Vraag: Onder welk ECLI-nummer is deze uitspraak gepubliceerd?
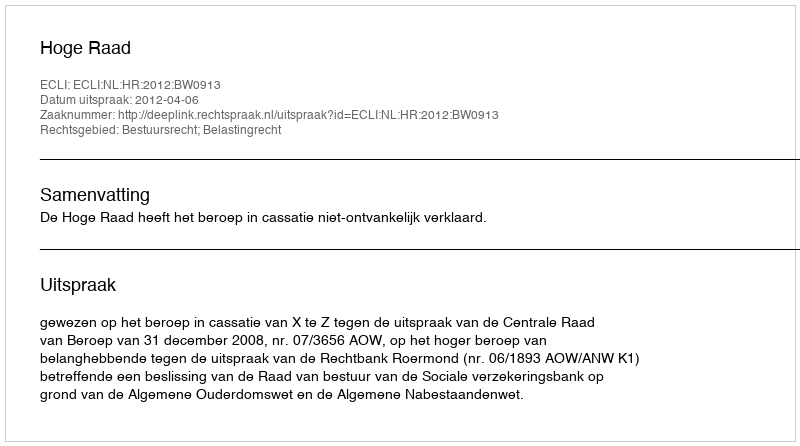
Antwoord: ECLI:NL:HR:2012:BW0913